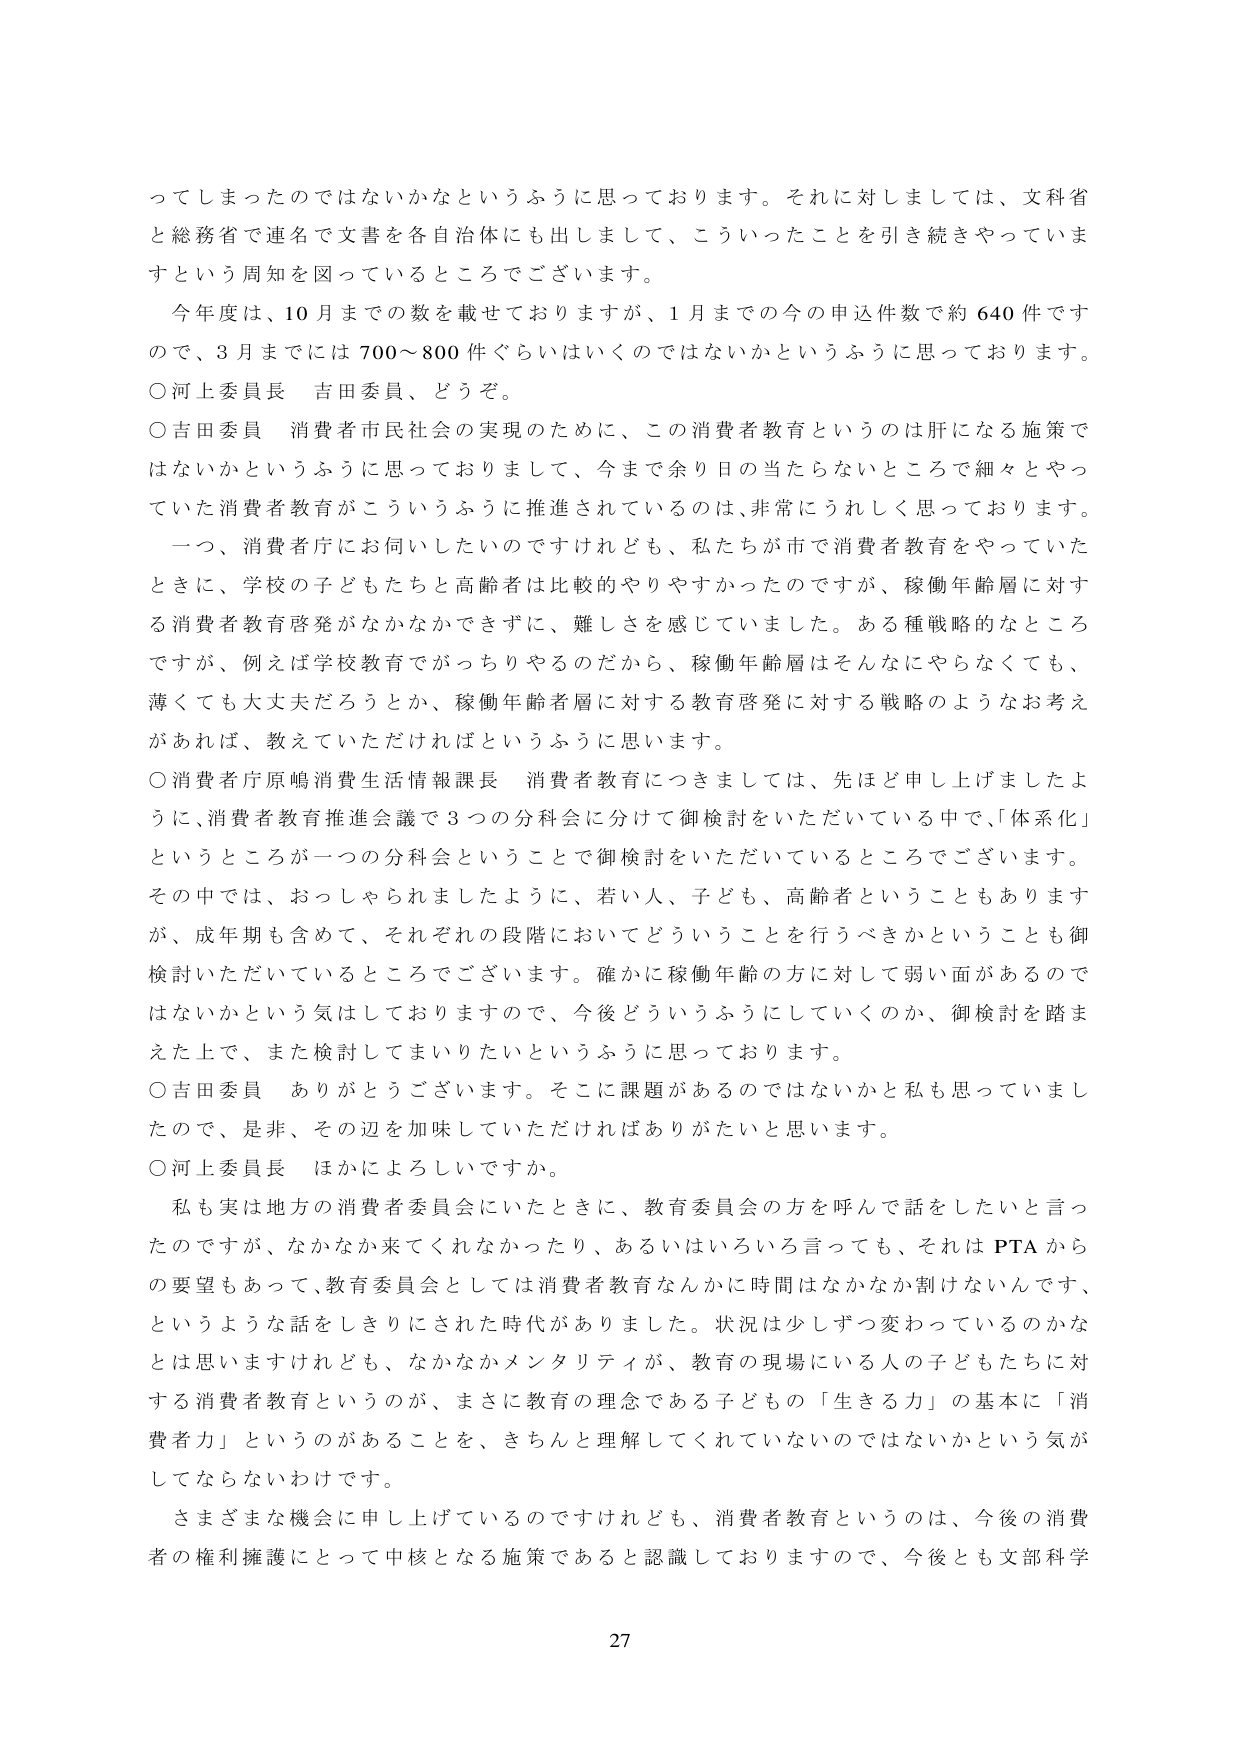
ってしまったのではないかなというふうに思っております。それに対しましては、文科省と総務省で連名で文書を各自治体にも出しまして、こういったことを引き続きやっていきますという周知を図っているところでございます。

今年度は、10月までの数を載せておりますが、1月までの今の申込件数で約640件ですので、3月までには700～800件ぐらいはいくのではないかというふうに思っております。

○河上委員長 吉田委員、どうぞ。

○吉田委員 消費者市民社会の実現のために、この消費者教育というのは肝になる施策ではないかというふうに思っておりまして、今まで余り日の当たらないところで細々とやっていた消費者教育がこういうふうに推進されているのは、非常にうれしく思っております。

一つ、消費者庁にお伺いしたいのですがけれども、私たちが市で消費者教育をやっていたときに、学校の子どもたちと高齢者は比較的やりやすかったのですが、稼働年齢層に対する消費者教育啓発がなかなかできずに、難しさを感じていました。ある種戦略的なところですが、例えば学校教育でがっちりやるのだから、稼働年齢層はそんなにやらなくても、薄くても大丈夫だろうとか、稼働年齢者層に対する教育啓発に対する戦略のようなお考えがあれば、教えていただければというふうに思います。

○消費者庁原嶋消費生活情報課長 消費者教育につきましては、先ほど申し上げましたように、消費者教育推進会議で3つの分科会に分けて御検討をいただいている中で、「体系化」というところが一つの分科会ということで御検討をいただいているところでございます。その中では、おっしゃられましたように、若い人、子ども、高齢者ということもありますが、成年期も含めて、それぞれの段階においてどういうことを行うべきかということも御検討いただいているところでございます。確かに稼働年齢の方に対して弱い面があるのではないかという気はしておりますので、今後どういうふうにしていくのか、御検討を踏まえた上で、また検討してまいりたいというふうに思っております。

○吉田委員 ありがとうございます。そこに課題があるのではないかと私も思っていましたので、是非、その辺を加味していただければありがたいと思います。

○河上委員長 ほかにようしいですか。

私も実は地方の消費者委員会にいたときに、教育委員会の方を呼んで話をしたいと言ったのですが、なかなか来てくれなかったり、あるいはいろいろ言っても、それはPTAからの要望もあって、教育委員会としては消費者教育なんかに時間はなかなか割けないんです、というような話をしきりにされた時代がありました。状況は少しずつ変わっているのかなとは思いますがけれども、なかなかメンタリティが、教育の現場にいる人の子どもたちに対する消費者教育というのが、まさに教育の理念である子どもの「生きる力」の基本に「消費者力」というのがあることを、きちんと理解してくれていないのではないかという気がしてならないわけです。

さまざまな機会に申し上げているのですけれども、消費者教育というのは、今後の消費者の権利擁護にとって中核となる施策であると認識しておりますので、今後とも文部科学

27